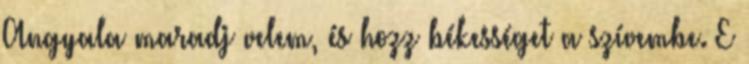
Angyala maradj velem, és hozz békességet a szívembe. E